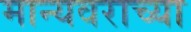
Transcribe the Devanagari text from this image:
मान्यवराच्या